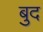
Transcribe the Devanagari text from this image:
बुद